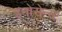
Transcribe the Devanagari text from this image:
इनोसेन्स